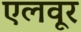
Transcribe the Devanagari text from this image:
एलवूर